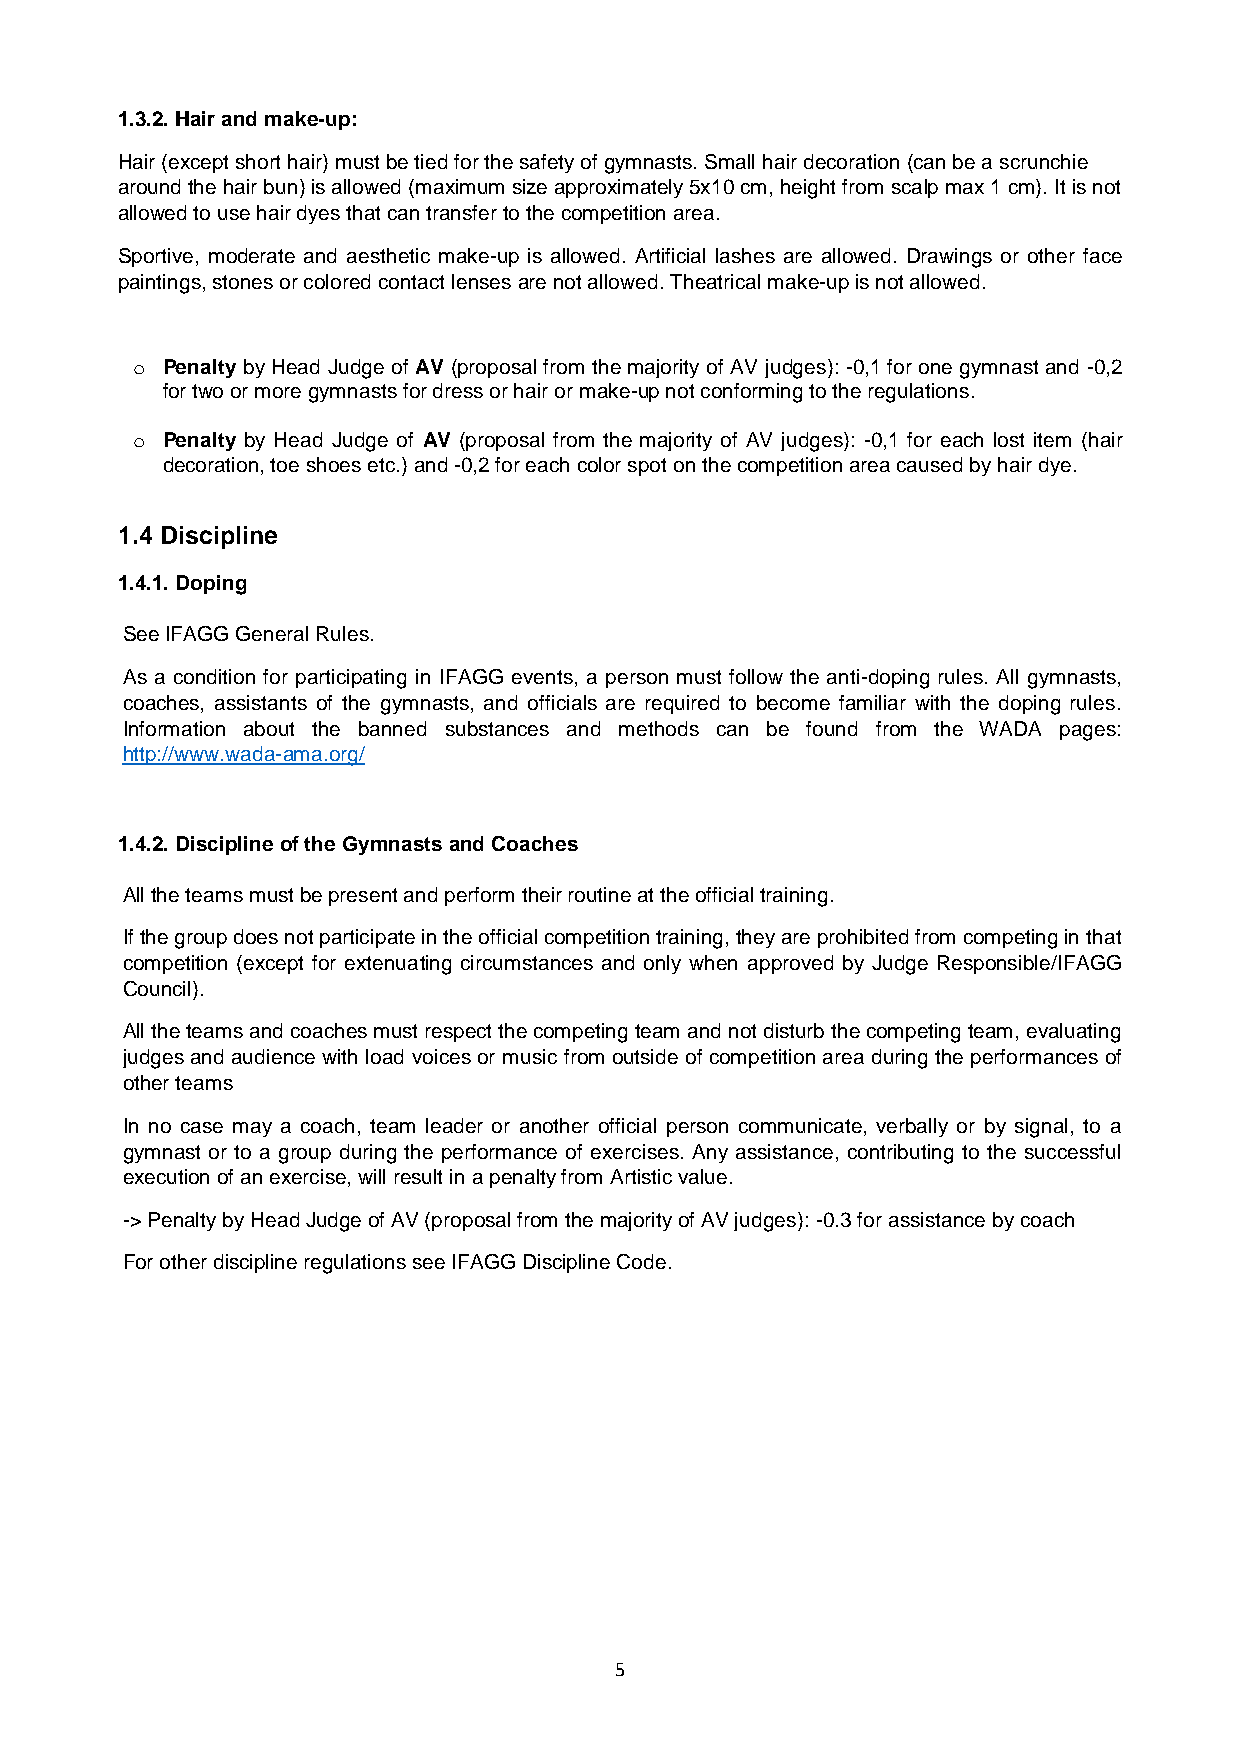
1.3.2. Hair and make-up:
 Hair (except short hair) must be tied for the safety of gymnasts. Small hair decoration (can be a scrunchie
 around the hair bun) is allowed (maximum size approximately 5x10 cm, height from scalp max 1 cm). It is not
 allowed to use hair dyes that can transfer to the competition area.
 Sportive, moderate and aesthetic make-up is allowed. Artificial lashes are allowed. Drawings or other face
 paintings, stones or colored contact lenses are not allowed. Theatrical make-up is not allowed.
 o Penalty by Head Judge of AV (proposal from the majority of AV judges): -0,1 for one gymnast and -0,2
 for two or more gymnasts for dress or hair or make-up not conforming to the regulations.
 o Penalty by Head Judge of AV (proposal from the majority of AV judges): -0,1 for each lost item (hair
 decoration, toe shoes etc.) and -0,2 for each color spot on the competition area caused by hair dye.
 1.4 Discipline
 1.4.1. Doping
 See IFAGG General Rules.
 As a condition for participating in IFAGG events, a person must follow the anti-doping rules. All gymnasts,
 coaches, assistants of the gymnasts, and officials are required to become familiar with the doping rules.
 Information about the banned substances and methods can be found from the WADA pages:
 http://www.wada-ama.org/
 1.4.2. Discipline of the Gymnasts and Coaches
 All the teams must be present and perform their routine at the official training.
 If the group does not participate in the official competition training, they are prohibited from competing in that
 competition (except for extenuating circumstances and only when approved by Judge Responsible/IFAGG
 Council).
 All the teams and coaches must respect the competing team and not disturb the competing team, evaluating
 judges and audience with load voices or music from outside of competition area during the performances of
 other teams
 In no case may a coach, team leader or another official person communicate, verbally or by signal, to a
 gymnast or to a group during the performance of exercises. Any assistance, contributing to the successful
 execution of an exercise, will result in a penalty from Artistic value.
 -> Penalty by Head Judge of AV (proposal from the majority of AV judges): -0.3 for assistance by coach
 For other discipline regulations see IFAGG Discipline Code.
 5